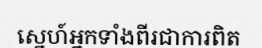
ស្នេហ៍អ្នកទាំងពីរជាការពិត